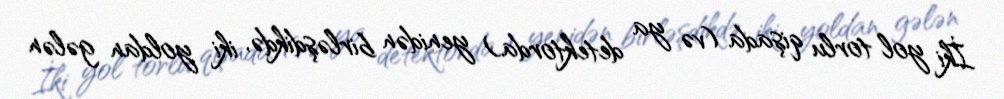
İki yol torlu qişada (və ya detektorda) yenidən birləşdikdə, iki yoldan gələn